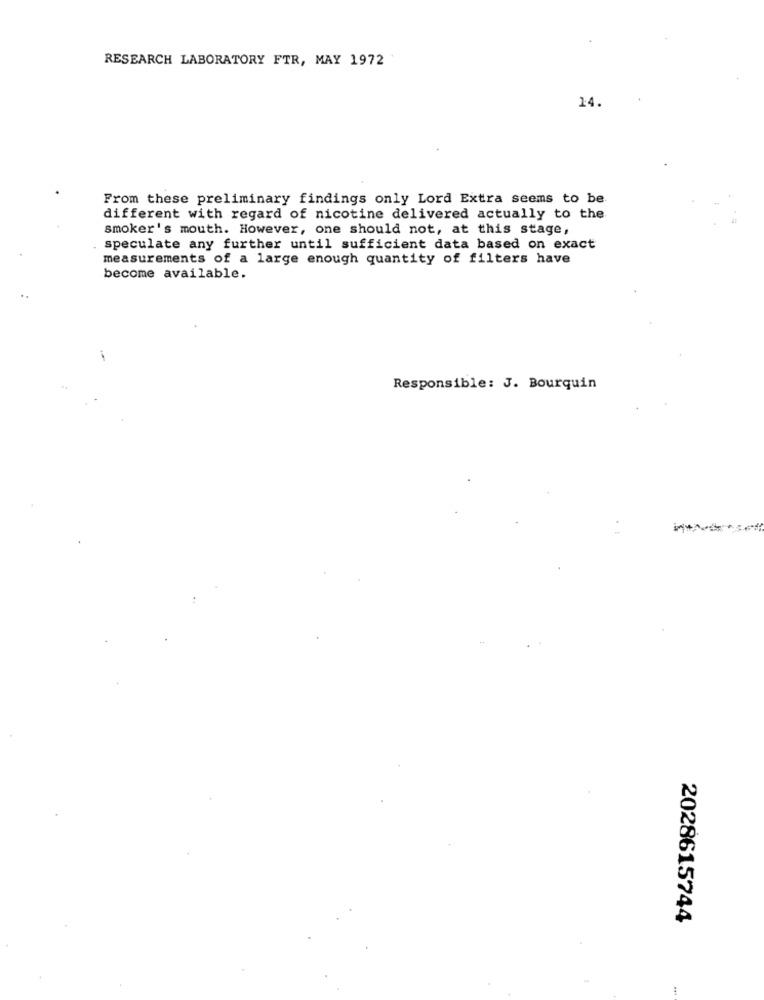
RESEARCH LABORATORY FTR, MAY 1972
14.
From these preliminary findings only Lord Extra seems to be
different with regard of nicotine delivered actually to the
smoker's mouth. However, one should not, at this stage,
speculate any further until sufficient data based on exact
measurements of a large enough quantity of filters have
become available.
Responsible: J. Bourquin
2028615744